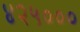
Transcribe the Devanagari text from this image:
४२५०००